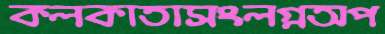
কলকাতাসংলগ্নঅপ